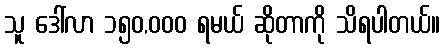
သူ ဒေါ်လာ ၁၅၀,၀၀၀ ရမယ် ဆိုတာကို သိရပါတယ်။